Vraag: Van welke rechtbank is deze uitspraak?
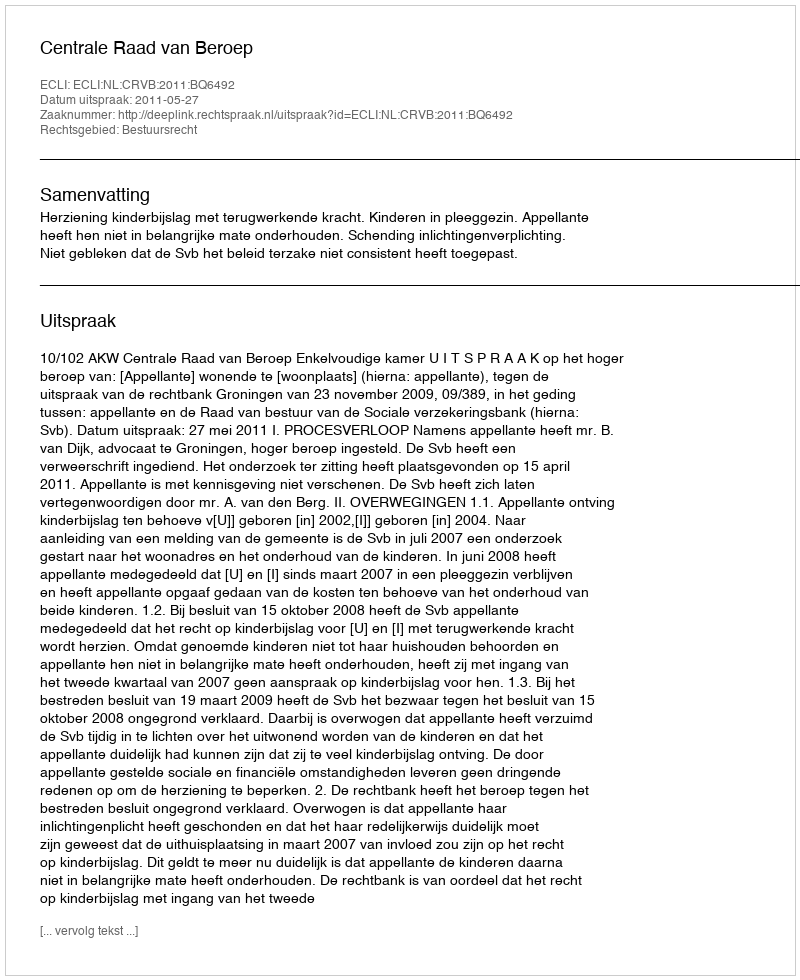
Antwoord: Centrale Raad van Beroep